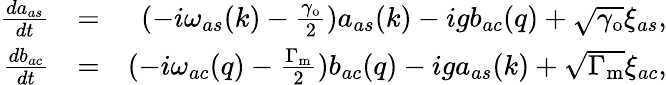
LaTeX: \begin{array}{rlr}{\frac{da_{as}}{dt}}&{=}&{(-i\omega_{as}(k)-\frac{\gamma_{\mathrm{o}}}{2})a_{as}(k)-igb_{ac}(q)+\sqrt{\gamma_{\mathrm{o}}}\xi_{as},}\\ {\frac{db_{ac}}{dt}}&{=}&{(-i\omega_{ac}(q)-\frac{\Gamma_{\mathrm{m}}}{2})b_{ac}(q)-iga_{as}(k)+\sqrt{\Gamma_{\mathrm{m}}}\xi_{ac},}\end{array}